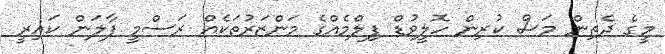
މީގެ ދެތިން މަސް ކުރިން ހޮލީވުޑް ފިލްމެއްގެ މަންޒަރުތަކެއް ރަސްމީ ފާލަން ކައިރީ